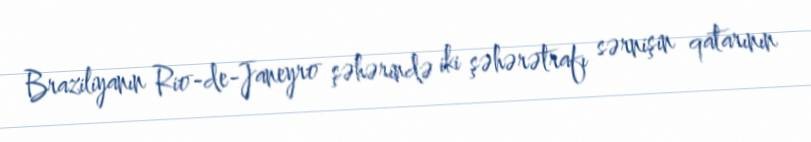
Braziliyanın Rio-de-Janeyro şəhərində iki şəhərətrafı sərnişin qatarının